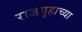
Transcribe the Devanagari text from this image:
राजगृहाच्या